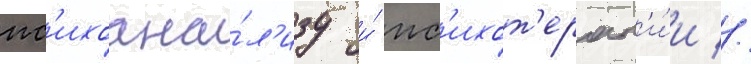
пс'ихоана́л'изу и́ пс'ихот'ерап'и́и //